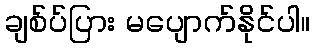
ချစ်ပ်ပြား မပျောက်နိုင်ပါ။